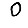
Digit: 0